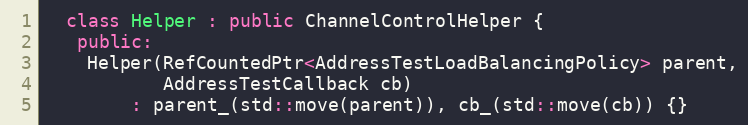
Language: C++
  class Helper : public ChannelControlHelper {
   public:
    Helper(RefCountedPtr<AddressTestLoadBalancingPolicy> parent,
           AddressTestCallback cb)
        : parent_(std::move(parent)), cb_(std::move(cb)) {}